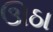
ઊઠા